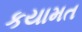
કયામત